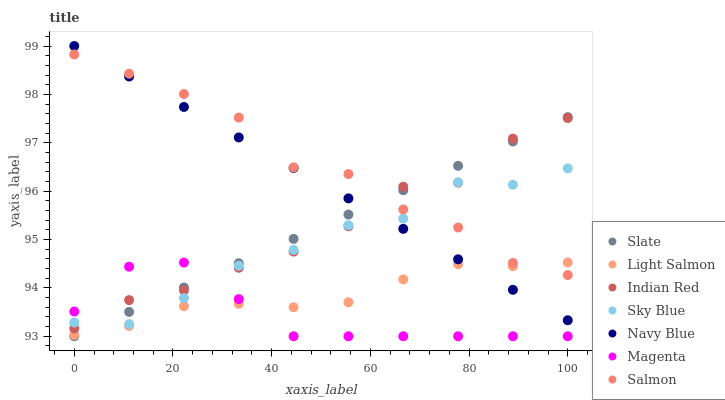
| xaxis_label | Slate | Light Salmon | Indian Red | Sky Blue | Navy Blue | Magenta | Salmon |
 | --- | --- | --- | --- | --- | --- | --- | --- |
 | 0 | 93 | 93 | 93.2 | 93.3 | 99 | 93.5 | 98.8 |
 | 11.1 | 93.5 | 93.2 | 93.7 | 93.2 | 98.4 | 94.4 | 98.4 |
 | 22.2 | 94 | 93.6 | 93.9 | 93.8 | 97.7 | 94.5 | 98 |
 | 33.3 | 94.5 | 93.7 | 94.4 | 94.5 | 97.1 | 93.8 | 97.5 |
 | 44.4 | 95 | 93.6 | 94.8 | 94.8 | 96.5 | 93 | 96.5 |
 | 55.6 | 95.5 | 93.7 | 95.3 | 95.3 | 95.9 | 93 | 96.4 |
 | 66.7 | 96 | 94.2 | 96.1 | 95.4 | 95.2 | 93 | 95.6 |
 | 77.8 | 96.5 | 94.5 | 96.2 | 96.2 | 94.6 | 93 | 95.2 |
 | 88.9 | 97 | 94.4 | 97.1 | 96.1 | 94 | 93 | 94.5 |
 | 100 | 97.5 | 94.5 | 97.5 | 96.5 | 93.3 | 93 | 94.3 |